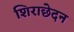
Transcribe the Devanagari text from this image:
शिराछेदन